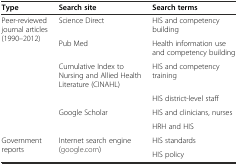
<table><thead><tr><td><b>Type</b></td><td><b>Search site</b></td><td><b>Search terms</b></td></tr></thead><tbody><tr><td rowspan="6">Peer-reviewed journal articles (1990–2012)</td><td>Science Direct</td><td>HIS and competency building</td></tr><tr><td>Pub Med</td><td>Health information use and competency building</td></tr><tr><td>Cumulative Index to Nursing and Allied Health Literature (CINAHL)</td><td>HIS and competency training</td></tr><tr><td></td><td>HIS district-level staff</td></tr><tr><td>Google Scholar</td><td>HIS and clinicians, nurses</td></tr><tr><td></td><td>HRH and HIS</td></tr><tr><td rowspan="2">Government reports</td><td rowspan="2">Internet search engine (google.com)</td><td>HIS standards</td></tr><tr><td>HIS policy</td></tr></tbody></table>